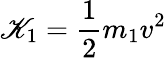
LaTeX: \mathscr{K}_{1}={\frac{{1}}{{2}}}m_{1}v^{2}